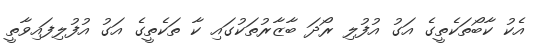
އެކު ކާބޯތަކެތީގެ އަގު އުފުލި ރޯދަ ބާޒާރުތަކުގައި ކާ ތަކެތީގެ އަގު އުފުލިފައިވާތީ